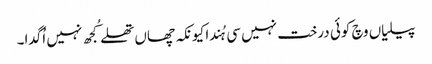
پیلیاں وچ کوئی درخت نہیں سی ہُندا کیونکہ چھاں تھلے کُجھ نہیں اُگدا۔